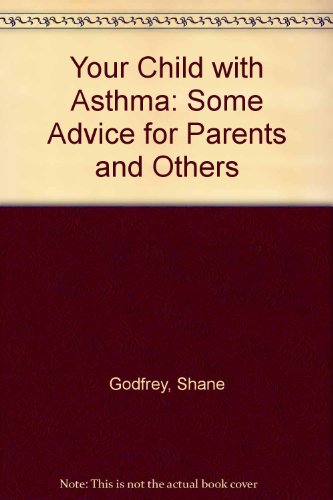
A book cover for Your Child with Asthma: Some Advice for Parents and Others; Shane Godfrey; Health, Fitness & Dieting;